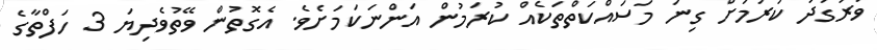
ވަރުގަދަ ކުރުމަށް ގިނަ މަސައްކަތްތަކެއް ކުރަމުން އަންނަކަމަށެވެ. އެގޮތުން ވޭތުވެދިޔަ 3 ހަފްތާގެ